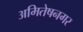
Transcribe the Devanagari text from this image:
अमितेषनगर